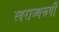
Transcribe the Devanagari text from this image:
स्वराज्यरूपी